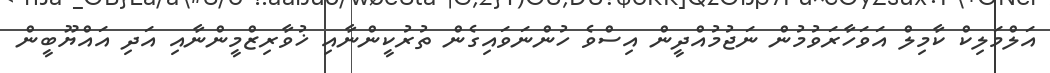
އަލްމަލިކް ކާމިލް އަވަހާރަވުމުން ނަޖުމުއްދީން އިސްވެ ހުންނަވައިގެން ތުރުކީންނާއި ޚުވާރިޒްމީންނާއި އަދި އައްޔޫބީން